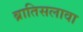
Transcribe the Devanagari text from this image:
ब्रातिसलावा